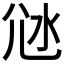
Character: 𡯑